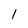
Character: 1